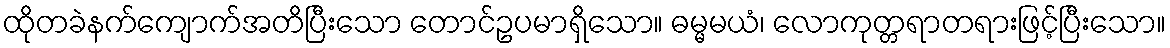
ထိုတခဲနက်ကျောက်အတိပြီးသော တောင်ဥပမာရှိသော။ ဓမ္မမယံ၊ လောကုတ္တရာတရားဖြင့်ပြီးသော။